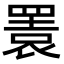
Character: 瞏